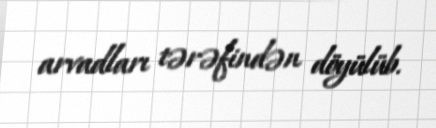
arvadları tərəfindən döyülüb.